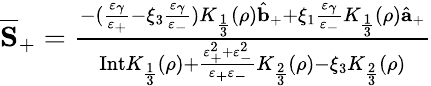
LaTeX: \begin{array}{r}{\overline{{\mathbf{S}}}_{+}=\frac{-(\frac{\varepsilon_{\gamma}}{\varepsilon_{+}}-\xi_{3}\frac{\varepsilon_{\gamma}}{\varepsilon_{-}}){K}_{\frac{1}{3}}(\rho)\hat{{\mathbf b}}_{+}+\xi_{1}\frac{\varepsilon_{\gamma}}{\varepsilon_{-}}{K}_{\frac{1}{3}}(\rho)\hat{{\mathbf a}}_{+}}{\mathrm{Int}K_{\frac{1}{3}}(\rho)+\frac{\varepsilon_{+}^{2}+\varepsilon_{-}^{2}}{\varepsilon_{+}\varepsilon_{-}}{K}_{\frac{2}{3}}(\rho)-\xi_{3}{K}_{\frac{2}{3}}(\rho)}}\end{array}